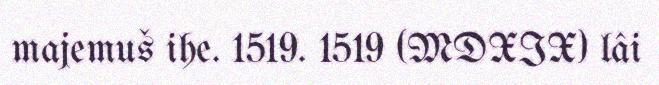
majemuš ihe. 1519. 1519 (MDXIX) lâi